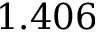
1 . 4 0 6